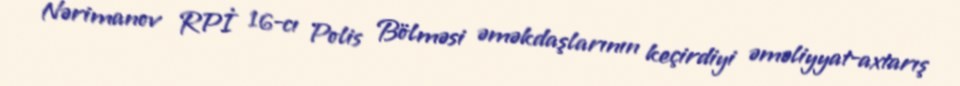
Nərimanov RPİ 16-cı Polis Bölməsi əməkdaşlarının keçirdiyi əməliyyat-axtarış